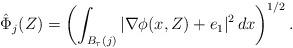
LaTeX: \begin{align*}\hat \Phi_j(Z) = \left(\int_{B_\tau(j)} |\nabla \phi(x,Z) + e_1|^2 \,dx \right)^{1/2}.\end{align*}